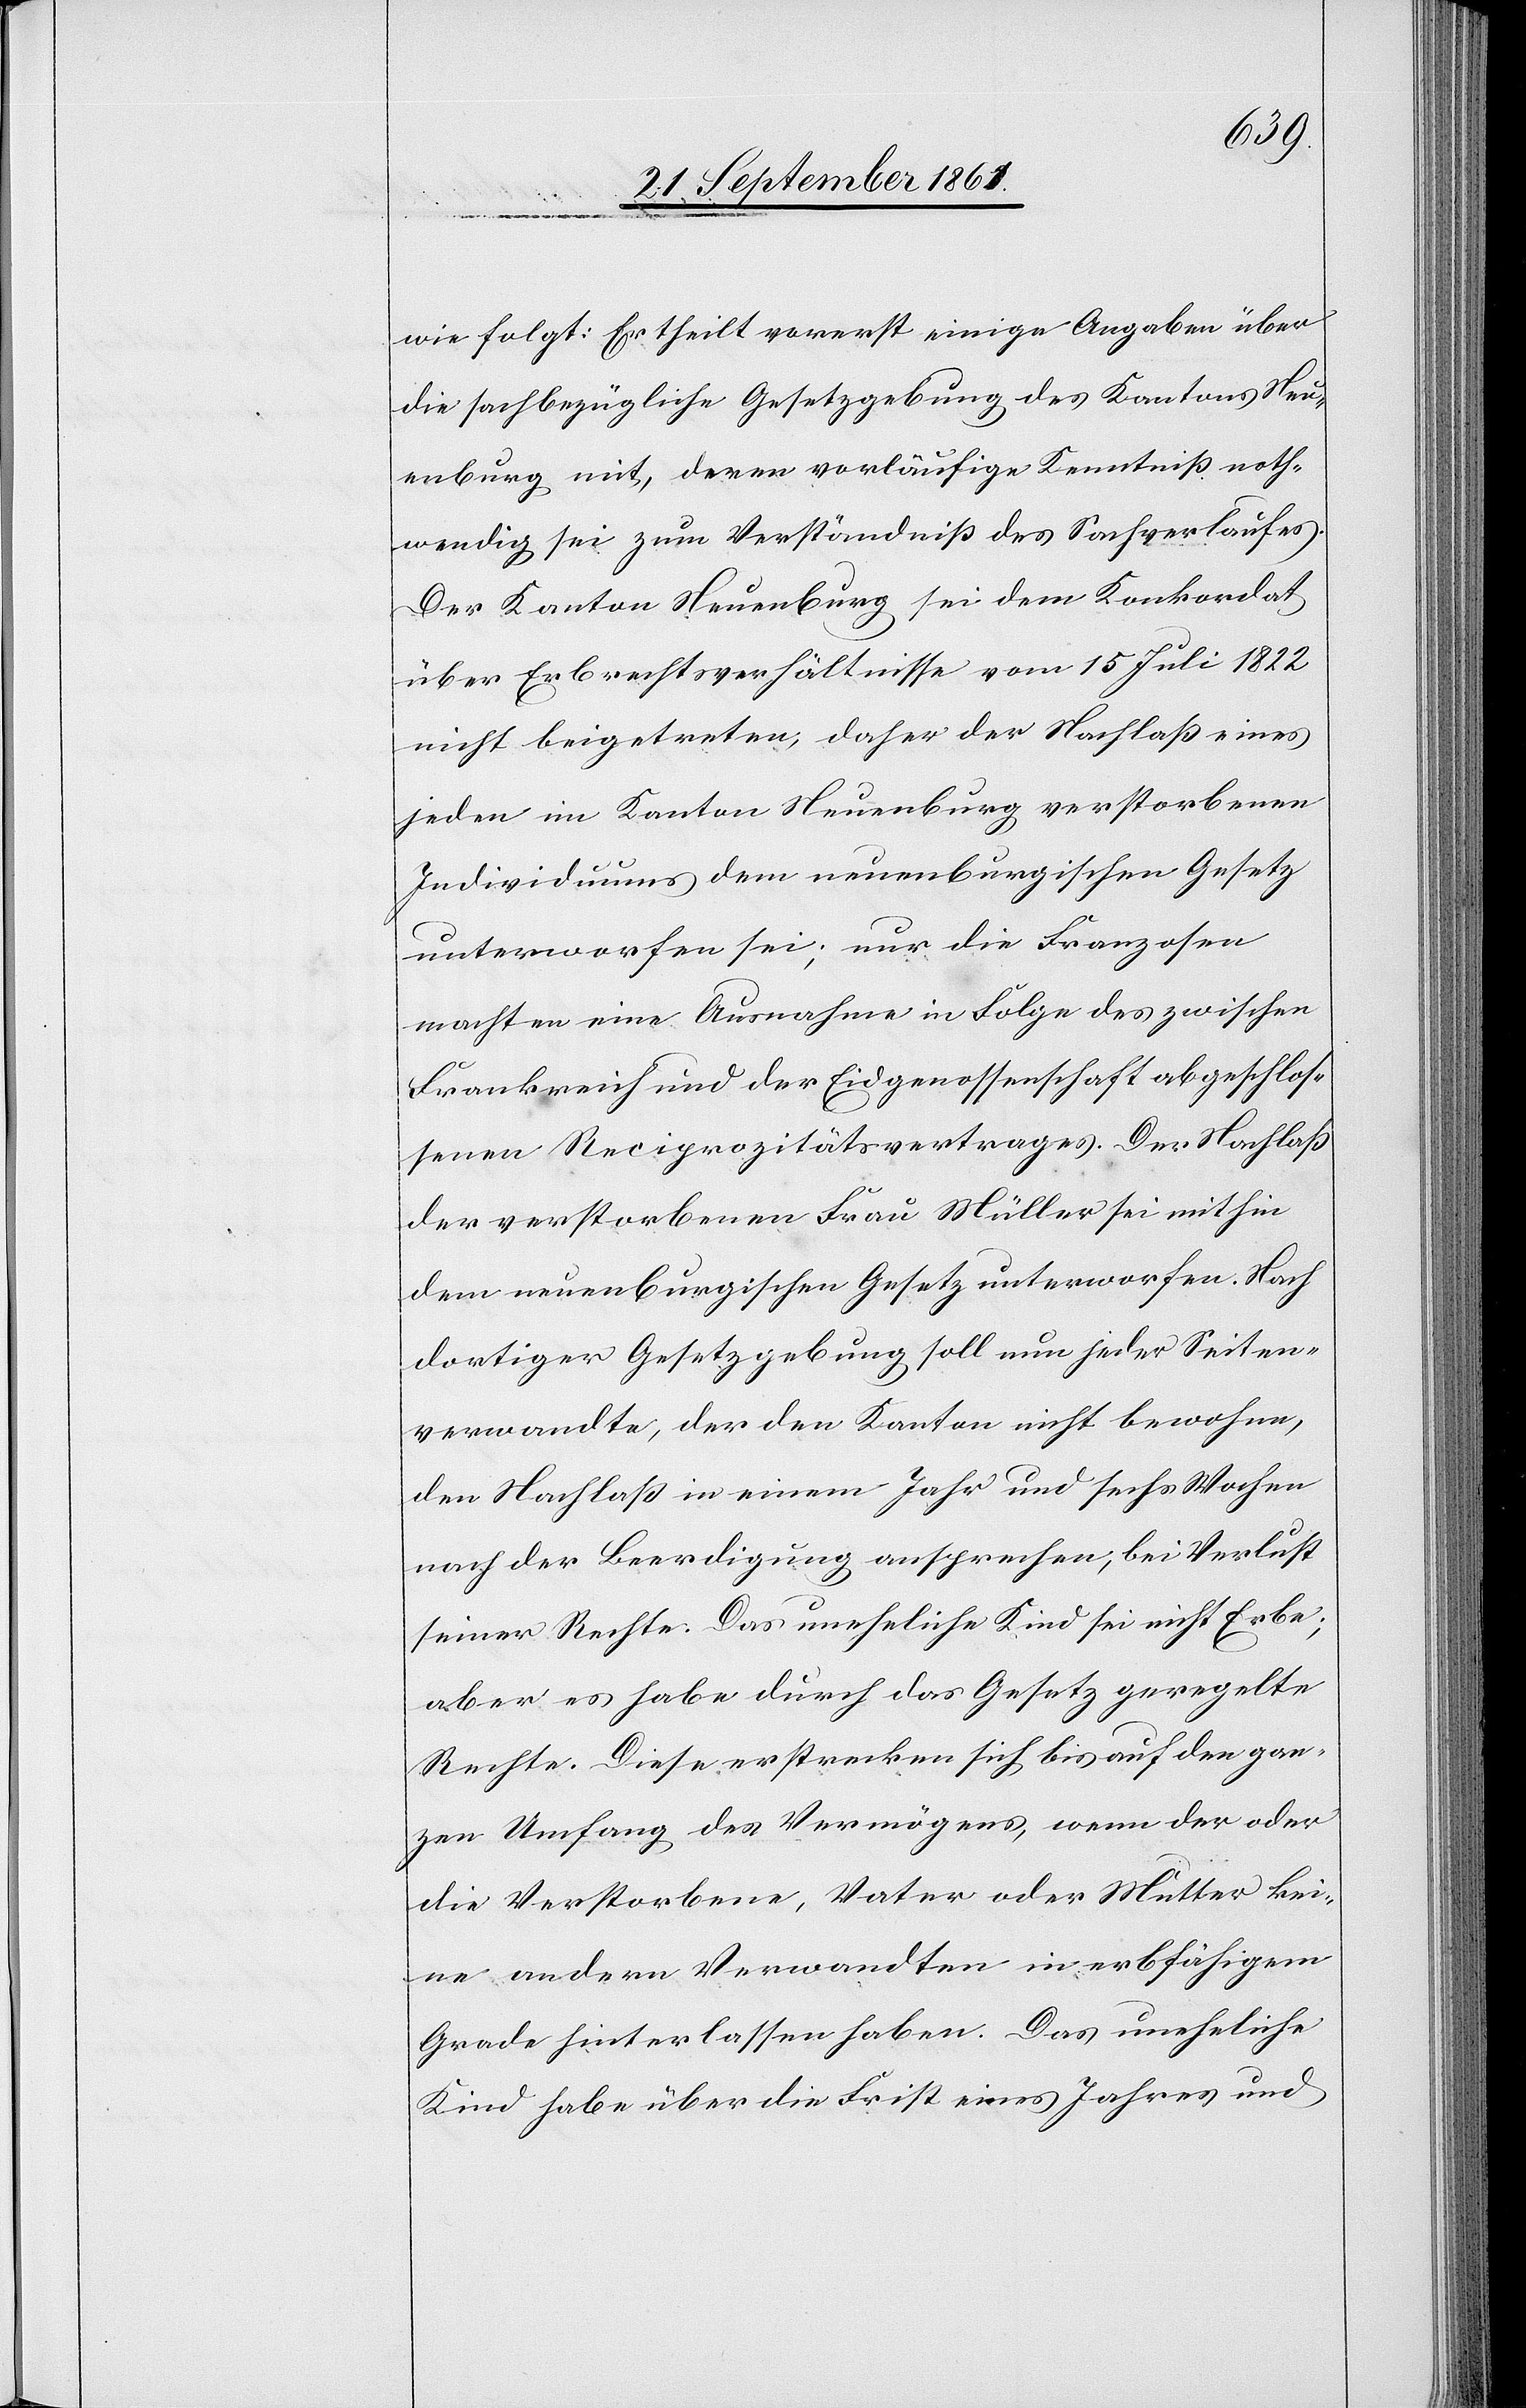
wie folgt: Er theilt vorerst einige Ausgaben über
die sachbezügliche Gesetzgebung des Kantons Neu¬
enburg mit, deren vorläufige Kenntniß noth¬
wendig sei zum Verständniß des Sachverlaufes.
Der Kanton Neuenburg sei dem Konkordat
über Erbrechtsverhältnisse vom 15 Juli 1822
nicht beigetreten, daher der Nachlaß eines
jeden im Kanton Neuenburg verstorbenen
Individuums dem neuenburgischen Gesetz
unterworfen sei; nur die Franzosen
machten eine Ausnahme in Folge des zwischen
Frankreich und der Eidgenossenschaft abgeschlos¬
senen Reciprozitätsvertrages. Der Nachlaß
der verstorbenen Frau Müller sei mithin
dem neuenburgischen Gesetz unterworfen. Nach
dortiger Gesetzgebung soll nun jeder Seiten¬
verwandte, der den Kanton nicht bewohne,
den Nachlaß in einem Jahr und sechs Wochen
nach der Beerdigung ansprechen, bei Verlust
seiner Rechte. Das uneheliche Kind sei nicht Erbe;
aber es habe durch das Gesetz geregelte
Rechte. Diese erstrecken sich bis auf den gan¬
zen Umfang des Vermögens, wenn der oder
die Verstorbene, Vater oder Mutter kei¬
ne andern Verwandten in erbfähigem
Grade hinterlassen haben. Das uneheliche
Kind habe über die Frist eines Jahres und